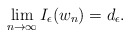
\begin{align*}\lim_{n \to \infty} I_\epsilon(w_n) = d_\epsilon.\end{align*}